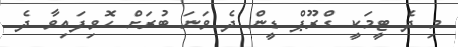
މި ދެ ޓީމަކީ ގްރޫޕް ޑީން ދެ ވަނަ ބުރަށް ހޮވިފައިވާ ދެ